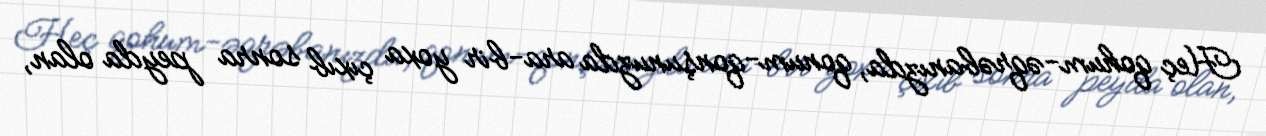
Heç qohum-əqrəbanızda, qonum-qonşunuzda ara-bir yoxa çıxıb sonra peyda olan,